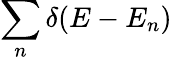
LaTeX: \sum_{n}\delta(E-E_{n})